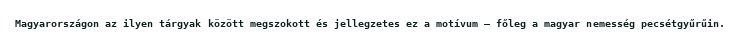
Magyarországon az ilyen tárgyak között megszokott és jellegzetes ez a motívum – főleg a magyar nemesség pecsétgyűrűin.